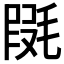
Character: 𣮱